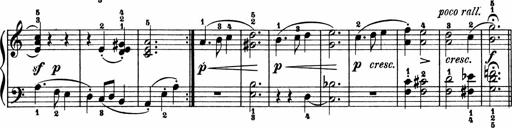
Title: 2 Sonatinen
Composer: Lambertus Adrianus van Tetterode